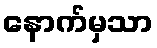
နောက်မှသာ